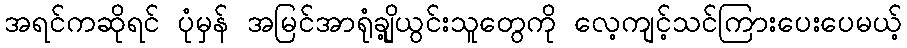
အရင်ကဆိုရင် ပုံမှန် အမြင်အာရုံချို့ယွင်းသူတွေကို လေ့ကျင့်သင်ကြားပေးပေမယ့်